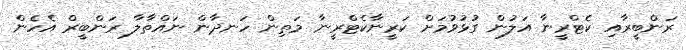
ރަންބީރާއި ކެޓްރީނާ އަލުން ގުޅުވުމަށް ކަރީނާކެޓްރީނާ މަތިން ހަނދާން ނައްތާލާ ރަންބީރް އެހެން